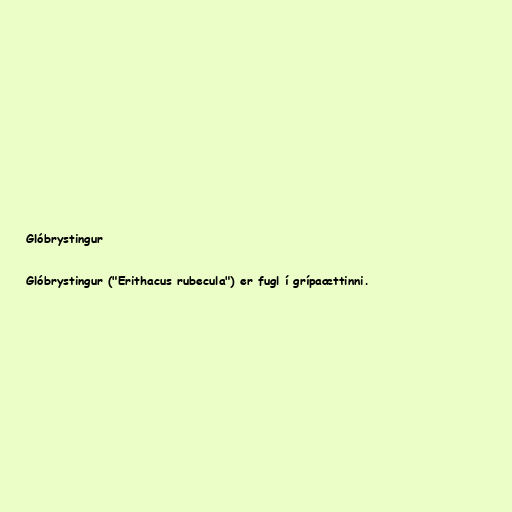
Glóbrystingur

Glóbrystingur ("Erithacus rubecula") er fugl í grípaættinni.